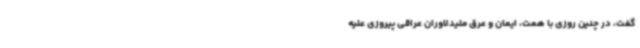
گفت، در چنین روزی با همت، ایمان و عرق ملیدلاوران عراقی پیروزی علیه